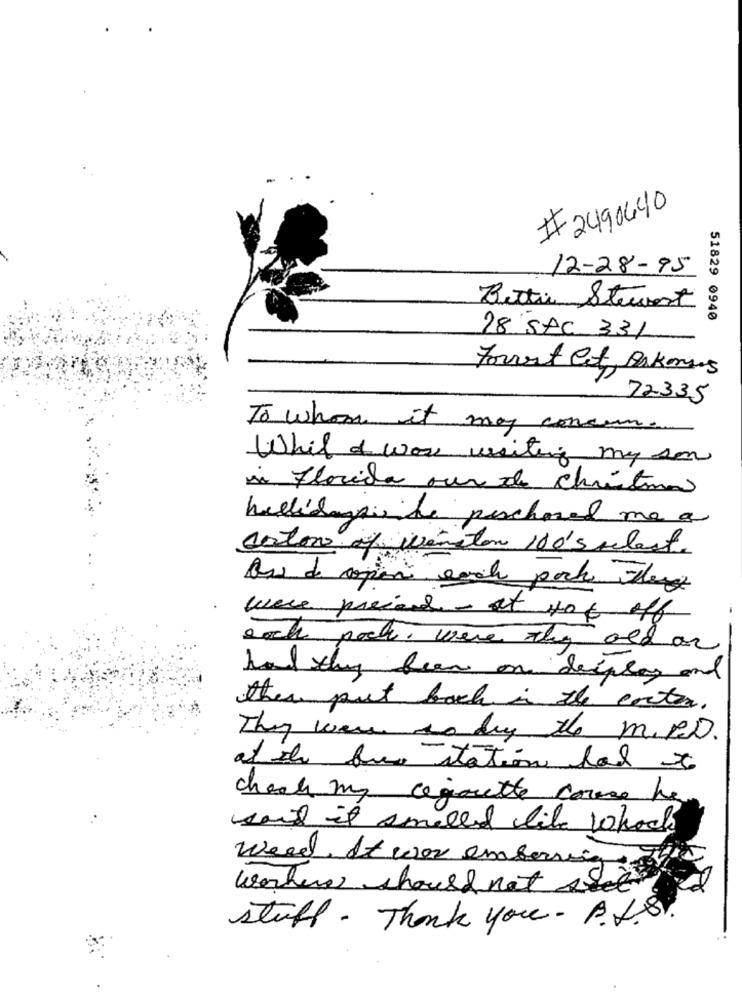
-
# 2490440
12-28-95
Bettie Steuert
51829 0940
28 SAC 331
Format Et Bakanus
72335
To whom it may concern.
Whil I was writing my son
si Florida our de christina
hallidaysiehe purchased me a
carton of winston 100's selast.
Os de copen each pock deg
were present - at 40€ off
each poch, were the old an
hat thy been on display and
then put back in the exten.
They were to buy the mikeD.
at the Que station hal
check my cegoutte corse he
soit it smelled like whock
weed It wor emberning
werkers should not see
stuff. Thank you . P.f.S.